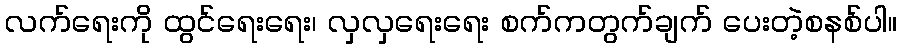
လက်ရေးကို ထွင်ရေးရေး၊ လှလှရေးရေး စက်ကတွက်ချက် ပေးတဲ့စနစ်ပါ။